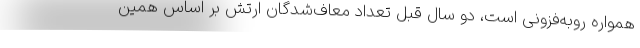
همواره روبه‌فزونی است، دو سال قبل تعداد معاف‌شدگان ارتش بر اساس همین